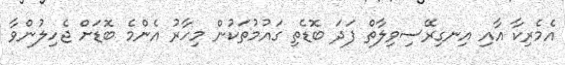
އެމެރިކާ އާއި އިނގިރޭސިވިލާތް ފަދަ ބޮޑެތި ގައުމުތަކުން މިހާރު އެންމެ ބޮޑަށް ޖެހިލުންވާ